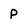
Character: P